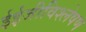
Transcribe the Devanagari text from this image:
ईईजीविश्लेषण